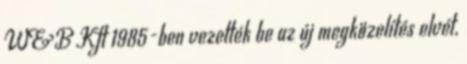
W&B Kft 1985-ben vezették be az új megközelítés elvét,